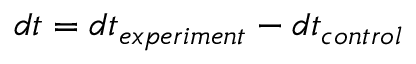
d t = d t _ { e x p e r i m e n t } - d t _ { c o n t r o l }